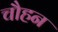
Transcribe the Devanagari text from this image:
चौहन